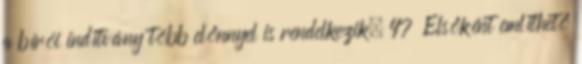
a bírói indítvány több előnnyel is rendelkezik. 47 Elsőként említhető